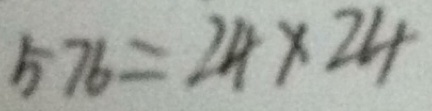
5 7 6 = 2 4 \times 2 4